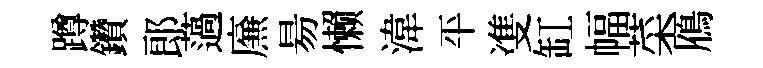
蹲鑽郎薖㢘昜懒湋平㕠缸幅菜鴈